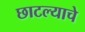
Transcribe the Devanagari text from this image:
छाटल्याचे